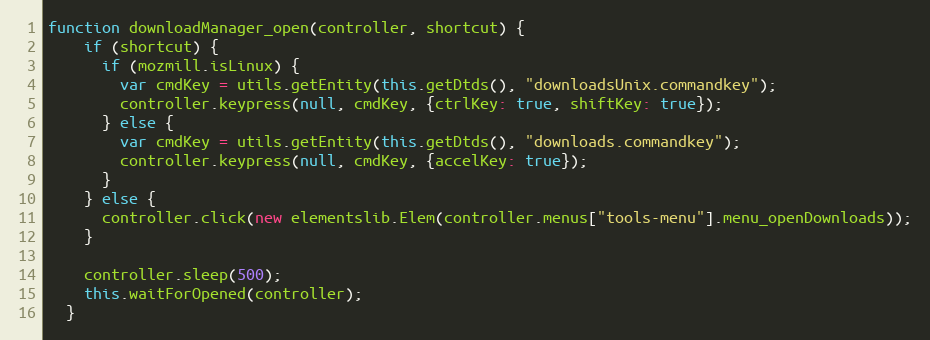
Language: JavaScript
function downloadManager_open(controller, shortcut) {
    if (shortcut) {
      if (mozmill.isLinux) {
        var cmdKey = utils.getEntity(this.getDtds(), "downloadsUnix.commandkey");
        controller.keypress(null, cmdKey, {ctrlKey: true, shiftKey: true});
      } else {
        var cmdKey = utils.getEntity(this.getDtds(), "downloads.commandkey");
        controller.keypress(null, cmdKey, {accelKey: true});
      }
    } else {
      controller.click(new elementslib.Elem(controller.menus["tools-menu"].menu_openDownloads));
    }

    controller.sleep(500);
    this.waitForOpened(controller);
  }